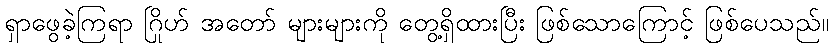
ရှာဖွေခဲ့ကြရာ ဂြိုဟ် အတော် များများကို တွေ့ရှိထားပြီး ဖြစ်သောကြောင့် ဖြစ်ပေသည်။